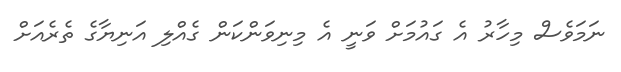
ނަމަވެސް މިހާރު އެ ގައުމަށް ވަނީ އެ މިނިވަންކަން ގެއްލި އަނިޔާގެ ތެރެއަށް